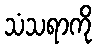
သံသရာကို